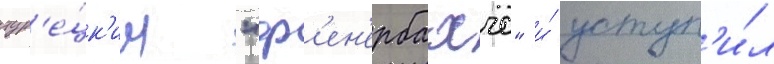
тур'е́цк'им "ф'ен'ербахче" и́ уступ'и́л